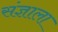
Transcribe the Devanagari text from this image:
संज्ञाला